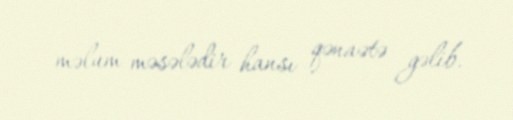
məlum məsələdir hansı qənaətə gəlib.